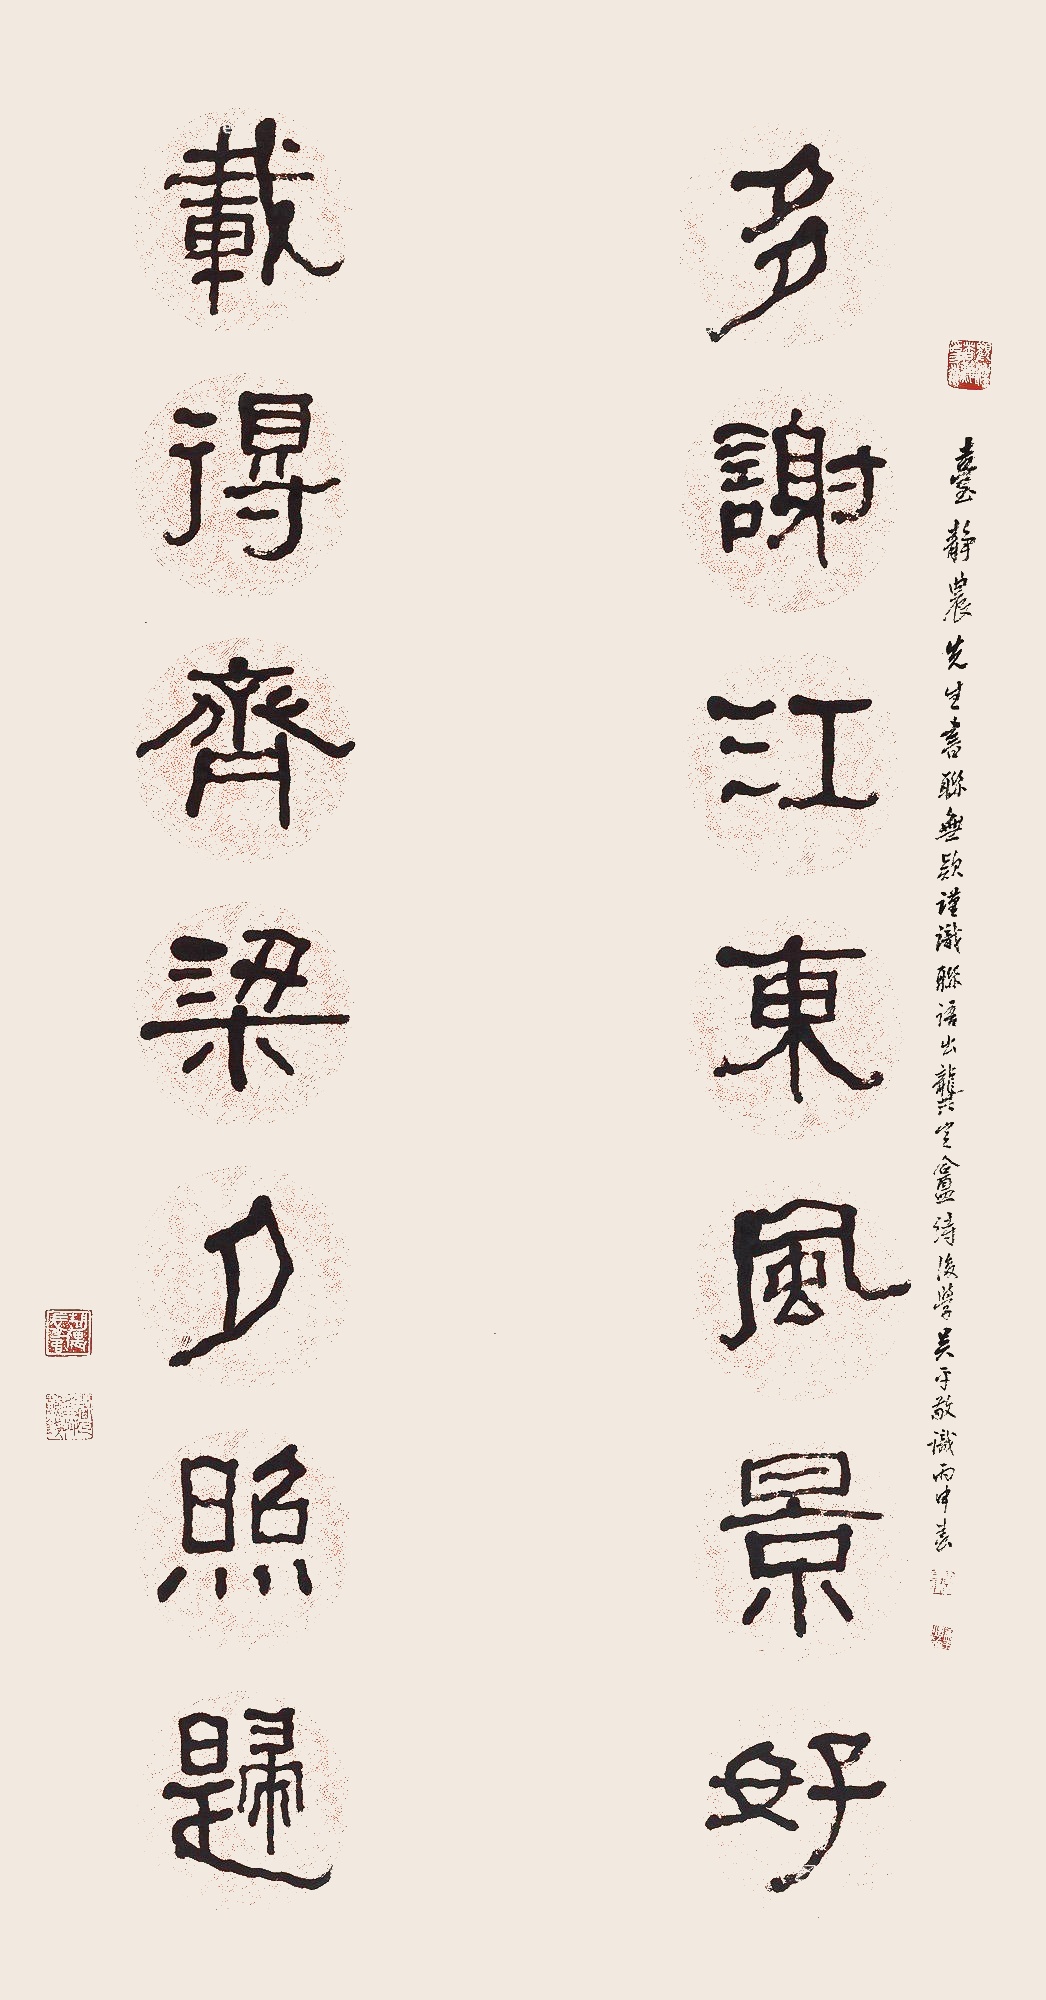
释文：多谢江东风景好，载得齐梁夕照归。台静农先生书联无款尽识联语出龚定盦诗，后学吴守敬识丙申春。